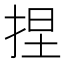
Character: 捏